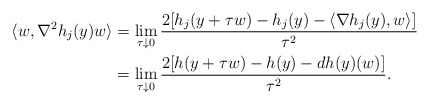
\begin{align*} \langle w,\nabla^2h_j(y)w\rangle &=\lim_{\tau\downarrow 0}\frac{2[h_j(y+\tau w)-h_j(y)-\langle\nabla h_j(y),w\rangle]}{\tau^2} \\ &=\lim_{\tau\downarrow 0}\frac{2[h(y+\tau w)-h(y)-dh(y)(w)]}{\tau^2}. \end{align*}